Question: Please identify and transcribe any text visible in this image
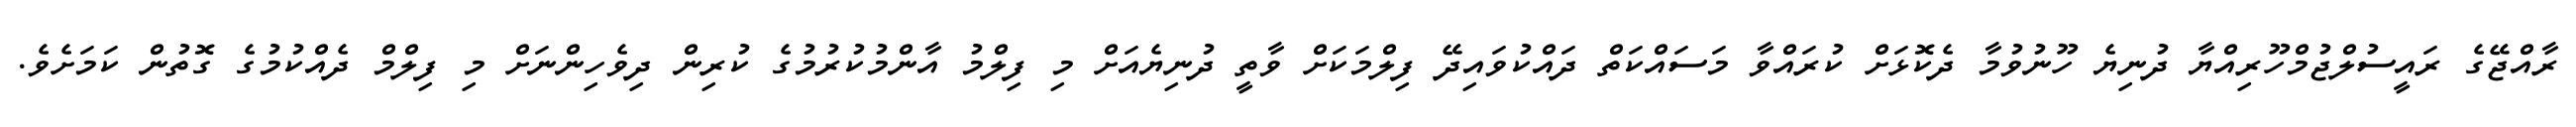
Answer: ރާއްޖޭގެ ރައީސުލްޖުމްހޫރިއްޔާ ދުނިޔެ ހޫނުވުމާ ދެކޮޅަށް ކުރައްވާ މަސައްކަތް ދައްކުވައިދޭ ފިލްމަކަށް ވާތީ ދުނިޔެއަށް މި ފިލްމު އާންމުކުރުމުގެ ކުރިން ދިވެހިންނަށް މި ފިލްމް ދެއްކުމުގެ ގޮތުން ކަމަށެވެ.